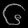
Digit: ၆